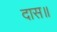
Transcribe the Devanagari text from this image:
दास॥